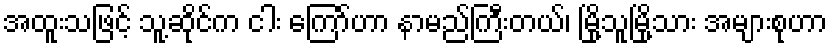
အထူးသဖြင့် သူ့ဆိုင်က ငါး ကြော်ဟာ နာမည်ကြီးတယ်၊ မြို့သူမြို့သား အများစုဟာ